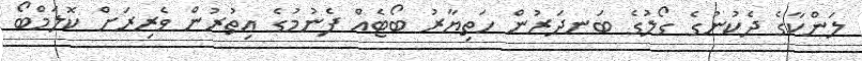
ލަންކާގެ ދެކުނުގެ ގޯލުގެ ބަނދަރުން ހަތިޔާރު ބޯޓެއް ފެނުމުގެ އިތުރުން ވެރިރަށް ކޮލަމްބޯ